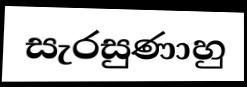
සැරසුණාහු